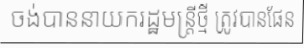
ចង់បាននាយករដ្ឋមន្ត្រីថ្មី ត្រូវបានផែន